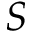
S